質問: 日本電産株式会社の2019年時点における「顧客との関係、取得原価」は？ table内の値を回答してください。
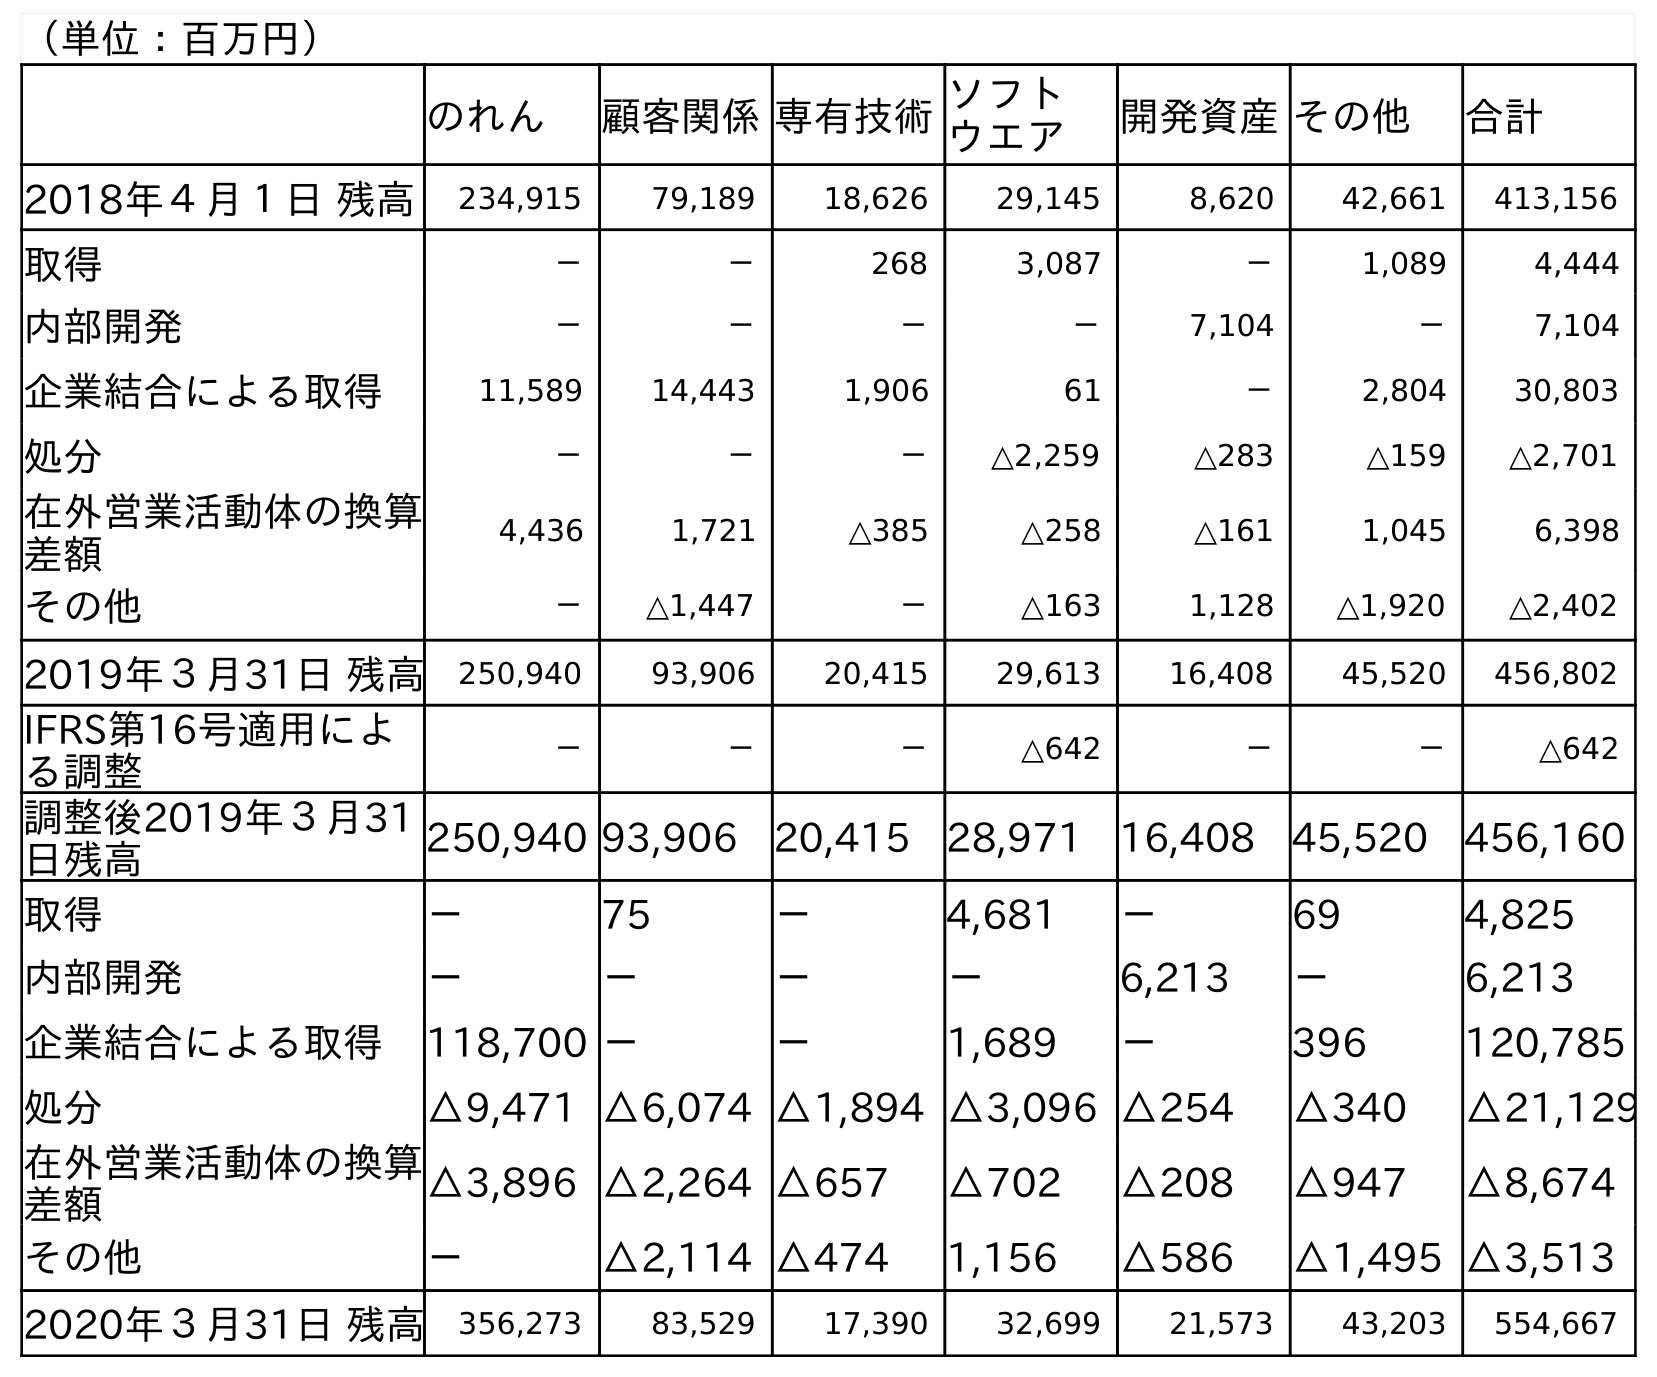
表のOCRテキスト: （単位：百万円） のれん 顧客関係専有技術ソフト ウエア 開発資産その他 合計 2018年４月１日 残高 234,915 79,189 18,626 29,145 8,620 42,661 413,156 取得 － － 268 3,087 － 1,089 4,444 内部開発 － － － － 7,104 － 7,104 企業結合による取得 11,589 14,443 1,906 61 － 2,804 30,803 処分 － － － △2,259 △283 △159 △2,701 在外営業活動体の換算 差額 4,436 1,721 △385 △258 △161 1,045 6,398 その他 － △1,447 － △163 1,128 △1,920 △2,402 2019年３月31日 残高 250,940 93,906 20,415 29,613 16,408 45,520 456,802 IFRS第16号適用によ る調整 － － － △642 － － △642 調整後2019年３月31 日残高 250,940 93,906 20,415 28,971 16,408 45,520 456,160 取得 － 75 － 4,681 － 69 4,825 内部開発 － － － － 6,213 － 6,213 企業結合による取得 118,700 － － 1,689 － 396 120,785 処分 △9,471 △6,074 △1,894 △3,096 △254 △340 △21,129 在外営業活動体の換算 差額 △3,896 △2,264 △657 △702 △208 △947 △8,674 その他 － △2,114 △474 1,156 △586 △1,495 △3,513 2020年３月31日 残高 356,273 83,529 17,390 32,699 21,573 43,203 554,667
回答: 93,906